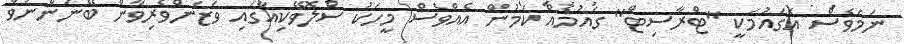
ނަމަވެސް އެގައުމަކީ "ޓްރާސިޓް" ގައުމެއް ކަމުން އެއްވެސް މީހަކު ސްލޮވޭކިއާގައި ވަޒަންވެރިވާން ބޭނުންނުވާ